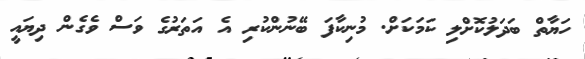
ހަޔާތް ބަދަލުކޮށްލި ކަމަކަށް. މުނިކާފަ ބޭނުންކުރި އެ އަތަރުގެ ވަސް ވެގެން ދިޔައީ